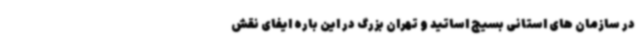
در سازمان های استانی بسیج اساتید و تهران بزرگ در این باره ایفای نقش